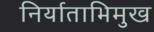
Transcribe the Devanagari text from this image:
निर्याताभिमुख